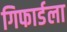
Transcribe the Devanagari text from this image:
गिफार्डला